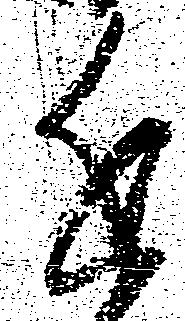
近